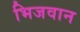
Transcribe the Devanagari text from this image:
भिजवान